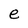
Character: e